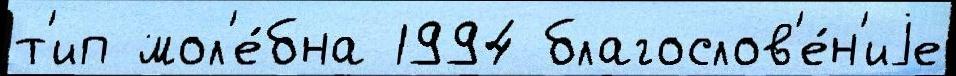
т'ип мол'е́бна 1994 благослов'е́н'иjе